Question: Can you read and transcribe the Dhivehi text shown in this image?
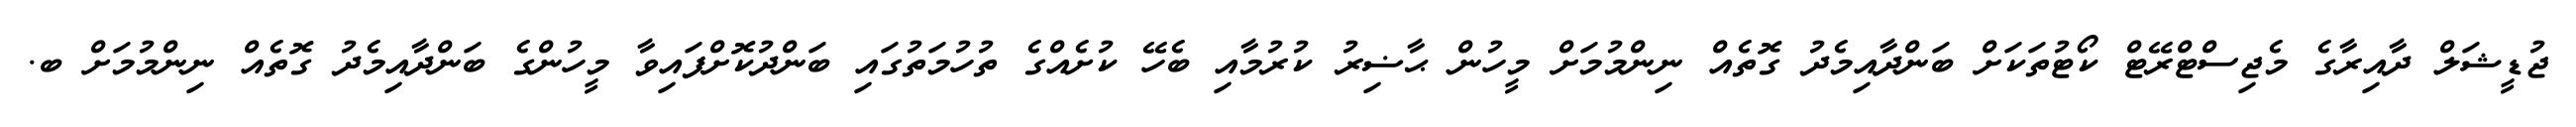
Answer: ޖުޑީޝަލް ދާއިރާގެ މެޖިސްޓްރޭޓް ކޯޓުތަކަށް ބަންދާއިމެދު ގޮތެއް ނިންމުމަށް މީހުން ޙާޟިރު ކުރުމާއި ބެހޭ ކުށެއްގެ ތުހުމަތުގައި ބަންދުކޮށްފައިވާ މީހުންގެ ބަންދާއިމެދު ގޮތެއް ނިންމުމަށް ބ.